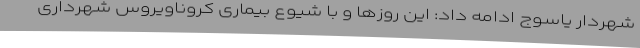
شهردار یاسوج ادامه داد: این روزها و با شیوع بیماری کروناویروس شهرداری